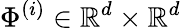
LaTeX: \Phi^{(i)}\in\mathbb{R}^{d}\times\mathbb{R}^{d}